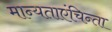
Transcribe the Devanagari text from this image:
मान्यताएंचिन्ता